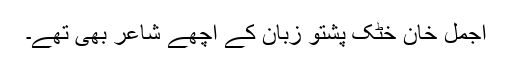
اجمل خان خٹک پشتو زبان کے اچھے شاعر بھی تھے۔